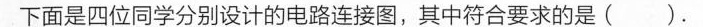
下面是四位同学分别设计的电路连接图，其中符合要求的是( ).